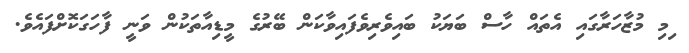
ިމި މުޒާހަރާގައި އެތައް ހާސް ބަޔަކު ބައިވެރިވެފައިވާކަން ބޭރުގެ މީޑިއާތަކުން ވަނީ ފާހަގަކޮށްފައެވެ.